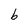
Character: b